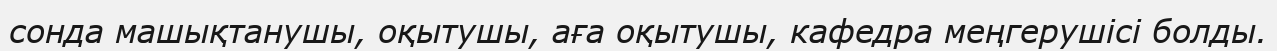
сонда машықтанушы, оқытушы, аға оқытушы, кафедра меңгерушісі болды.